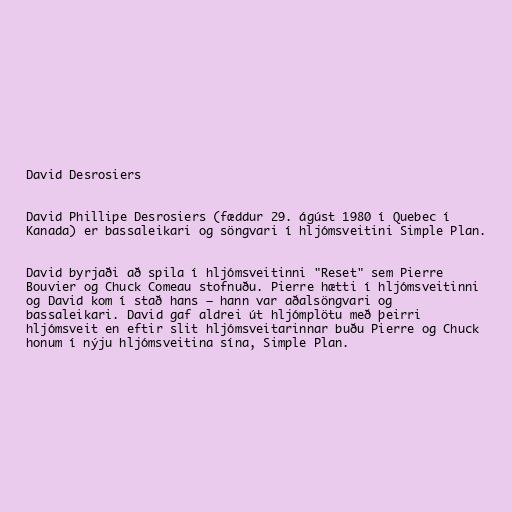
David Desrosiers

David Phillipe Desrosiers (fæddur 29. ágúst 1980 í Quebec í
Kanada) er bassaleikari og söngvari í hljómsveitini Simple Plan.

David byrjaði að spila í hljómsveitinni "Reset" sem Pierre
Bouvier og Chuck Comeau stofnuðu. Pierre hætti í hljómsveitinni
og David kom í stað hans – hann var aðalsöngvari og
bassaleikari. David gaf aldrei út hljómplötu með þeirri
hljómsveit en eftir slit hljómsveitarinnar buðu Pierre og Chuck
honum í nýju hljómsveitina sína, Simple Plan.